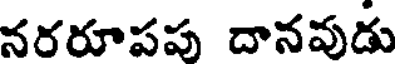
నరరూపపు దానవుడు